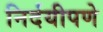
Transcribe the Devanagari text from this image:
निर्दयीपणे